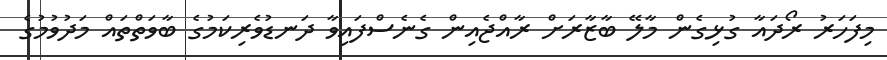
މިފަހަރު ރޯދައާ ގުޅިގެން މާލޭ ބާޒާރަށް ރާއްޖެއިން ގެނެސްފައިވާ ދަނޑުވެރިކަމުގެ ބާވަތްތައް މަދުވުމުގެ